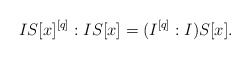
\begin{align*}IS[x]^{[q]}:IS[x] = (I^{[q]}:I)S[x].\end{align*}